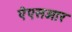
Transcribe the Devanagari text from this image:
ऐएसआर